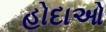
હોદાઓ